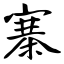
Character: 寨